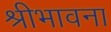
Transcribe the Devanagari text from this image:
श्रीभावना